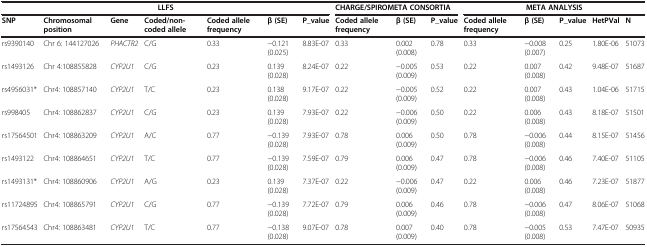
<table><thead><tr><td colspan="7"><b>LLFS</b></td><td colspan="3"><b>CHARGE/SPIROMETA CONSORTIA</b></td><td colspan="5"><b>META ANALYSIS</b></td></tr><tr><td><b>SNP</b></td><td><b>Chromosomal position</b></td><td><b>Gene</b></td><td><b>Coded/non-coded allele</b></td><td><b>Coded allele frequency</b></td><td><b>β (SE)</b></td><td><b>P_value</b></td><td><b>Coded allele frequency</b></td><td><b>β (SE)</b></td><td><b>P_value</b></td><td><b>Coded allele frequency</b></td><td><b>β (SE)</b></td><td><b>P_value</b></td><td><b>HetPVal</b></td><td><b>N</b></td></tr></thead><tbody><tr><td>rs9390140</td><td>Chr 6: 144127026</td><td><i>PHACTR2</i></td><td>C/G</td><td>0.33</td><td>−0.121(0.025)</td><td>8.83E-07</td><td>0.33</td><td>0.002(0.008)</td><td>0.78</td><td>0.33</td><td>−0.008(0.007)</td><td>0.25</td><td>1.80E-06</td><td>51073</td></tr><tr><td>rs1493126</td><td>Chr 4:108855828</td><td><i>CYP2U1</i></td><td>C/G</td><td>0.23</td><td>0.139(0.028)</td><td>8.24E-07</td><td>0.22</td><td>−0.005(0.009)</td><td>0.53</td><td>0.22</td><td>0.007(0.008)</td><td>0.42</td><td>9.48E-07</td><td>51687</td></tr><tr><td>rs4956031*</td><td>Chr4: 108857140</td><td><i>CYP2U1</i></td><td>T/C</td><td>0.23</td><td>0.138(0.028)</td><td>9.17E-07</td><td>0.22</td><td>−0.005(0.009)</td><td>0.52</td><td>0.22</td><td>0.007(0.008)</td><td>0.43</td><td>1.04E-06</td><td>51715</td></tr><tr><td>rs998405</td><td>Chr4: 108862837</td><td><i>CYP2U1</i></td><td>C/G</td><td>0.23</td><td>0.139(0.028)</td><td>7.93E-07</td><td>0.22</td><td>−0.006(0.009)</td><td>0.50</td><td>0.22</td><td>0.006(0.008)</td><td>0.43</td><td>8.18E-07</td><td>51501</td></tr><tr><td>rs17564501</td><td>Chr4: 108863209</td><td><i>CYP2U1</i></td><td>A/C</td><td>0.77</td><td>−0.139(0.028)</td><td>7.93E-07</td><td>0.78</td><td>0.006(0.009)</td><td>0.50</td><td>0.78</td><td>−0.006(0.008)</td><td>0.44</td><td>8.15E-07</td><td>51456</td></tr><tr><td>rs1493122</td><td>Chr4: 108864651</td><td><i>CYP2U1</i></td><td>T/C</td><td>0.77</td><td>−0.139(0.028)</td><td>7.59E-07</td><td>0.79</td><td>0.006(0.009)</td><td>0.47</td><td>0.78</td><td>−0.006(0.008)</td><td>0.46</td><td>7.40E-07</td><td>51105</td></tr><tr><td>rs1493131*</td><td>Chr4: 108860906</td><td><i>CYP2U1</i></td><td>A/G</td><td>0.23</td><td>0.139(0.028)</td><td>7.37E-07</td><td>0.22</td><td>−0.006(0.009)</td><td>0.47</td><td>0.22</td><td>0.006(0.008)</td><td>0.46</td><td>7.23E-07</td><td>51877</td></tr><tr><td>rs11724895</td><td>Chr4: 108865791</td><td><i>CYP2U1</i></td><td>C/G</td><td>0.77</td><td>−0.139(0.028)</td><td>7.72E-07</td><td>0.79</td><td>0.006(0.009)</td><td>0.46</td><td>0.78</td><td>−0.006(0.008)</td><td>0.47</td><td>8.06E-07</td><td>51068</td></tr><tr><td>rs17564543</td><td>Chr4: 108863481</td><td><i>CYP2U1</i></td><td>T/C</td><td>0.77</td><td>−0.138(0.028)</td><td>9.07E-07</td><td>0.78</td><td>0.007(0.009)</td><td>0.40</td><td>0.78</td><td>−0.005(0.008)</td><td>0.53</td><td>7.47E-07</td><td>50935</td></tr></tbody></table>